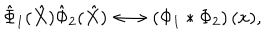
\hat { \Phi } _ { 1 } ( \hat { X } ) \hat { \Phi } _ { 2 } ( \hat { X } ) \longleftrightarrow \left( \Phi _ { 1 } * \Phi _ { 2 } \right) ( x ) ,